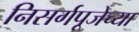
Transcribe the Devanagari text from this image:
निसर्गपूजेच्या